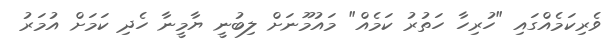
ވެރިކަމެއްގައި "ހުރިހާ ހަތުރު ކަމެއް" މައުމޫނަށް ލިބުނީ ޔާމީނާ ހެދި ކަމަށް އުމަރު